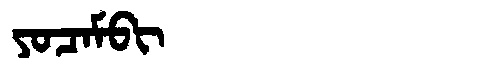
Manchu: ᠶᠣᠴᠠᠮᠪᡳ
Romanization: YOCAMBI